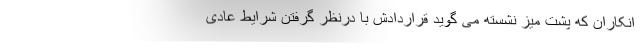
انکاران که پشت میز نشسته می گوید قراردادش با درنظر گرفتن شرایط عادی